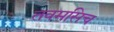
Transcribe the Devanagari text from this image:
तवमसिच